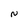
Character: N